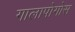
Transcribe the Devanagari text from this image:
गालापोगोस